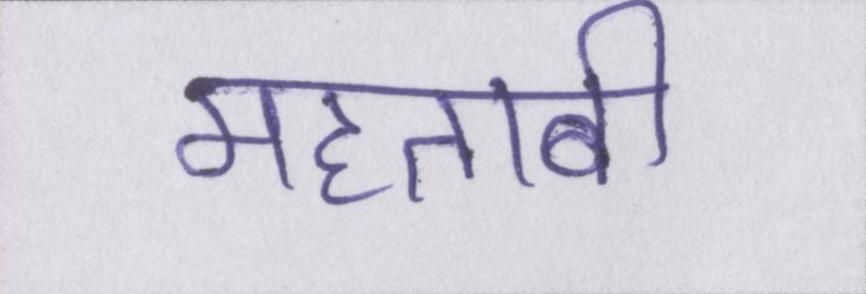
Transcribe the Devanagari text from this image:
महताबी